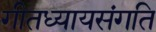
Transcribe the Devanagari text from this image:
गीतध्यायसंगति